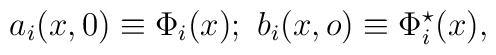
a_i(x,0)\equiv \Phi_i (x);\  b_i(x,o) \equiv \Phi_i^\star (x),